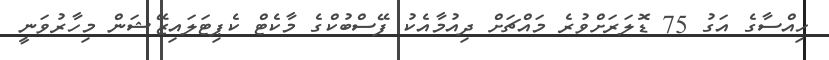
ހިއްސާގެ އަގު 75 ޑޮލަރަށްވުރެ މައްޗަށް ދިއުމާއެކު ފޭސްބުކްގެ މާކެޓް ކެޕިޓަލައިޒޭޝަން މިހާރުވަނީ